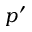
p ^ { \prime }